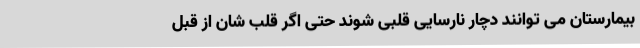
بیمارستان می توانند دچار نارسایی قلبی شوند حتی اگر قلب شان از قبل